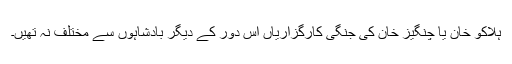
ہلاکو خان یا چنگیز خان کی جنگی کارگزاریاں اس دور کے دیگر بادشاہوں سے مختلف نہ تھیں۔